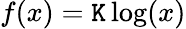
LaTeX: f(x)=\mathtt{K}\log(x)